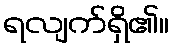
ရလျက်ရှိ၏။